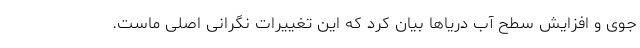
جوی و افزایش سطح آب دریاها بیان کرد که این تغییرات نگرانی اصلی ماست.